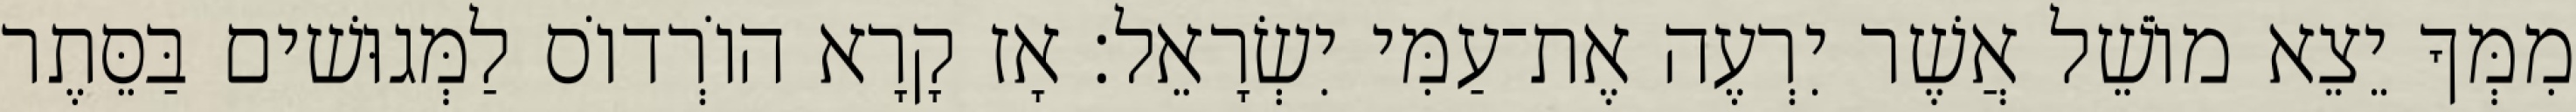
מִמְּךָ יֵצֵא מוֹשֵׁל אֲשֶׁר יִרְעֶה אֶת־עַמִּי יִשְׂרָאֵל׃ אָז קָרָא הוֹרְדוֹס לַמְּגוּשׁים בַּסֵּתֶר